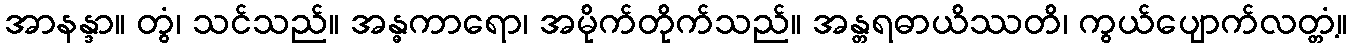
အာနန္ဒာ။ တွံ၊ သင်သည်။ အန္ဓကာရော၊ အမိုက်တိုက်သည်။ အန္တရဓာယိဿတိ၊ ကွယ်ပျောက်လတ္တံ့။